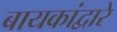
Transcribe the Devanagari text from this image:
बायकांद्वारे